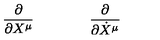
\frac { \partial } { \partial X ^ { \mu } } \qquad \textrm \qquad \frac { \partial } { \partial \dot { X } ^ { \mu } }